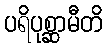
ပရိပုစ္ဆာမီတိ